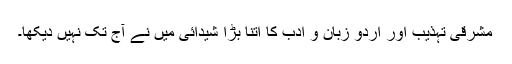
مشرقی تہذیب اور اردو زبان و ادب کا اتنا بڑا شیدائی میں نے آج تک نہیں دیکھا۔